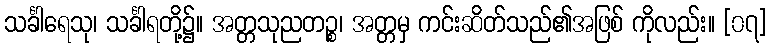
သင်္ခါရေသု၊ သင်္ခါရတို့၌။ အတ္တသုညတဉ္စ၊ အတ္တမှ ကင်းဆိတ်သည်၏အဖြစ် ကိုလည်း။ [၀၇]